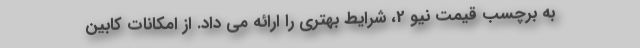
به برچسب قیمت نیو 2، شرایط بهتری را ارائه می داد. از امکانات کابین